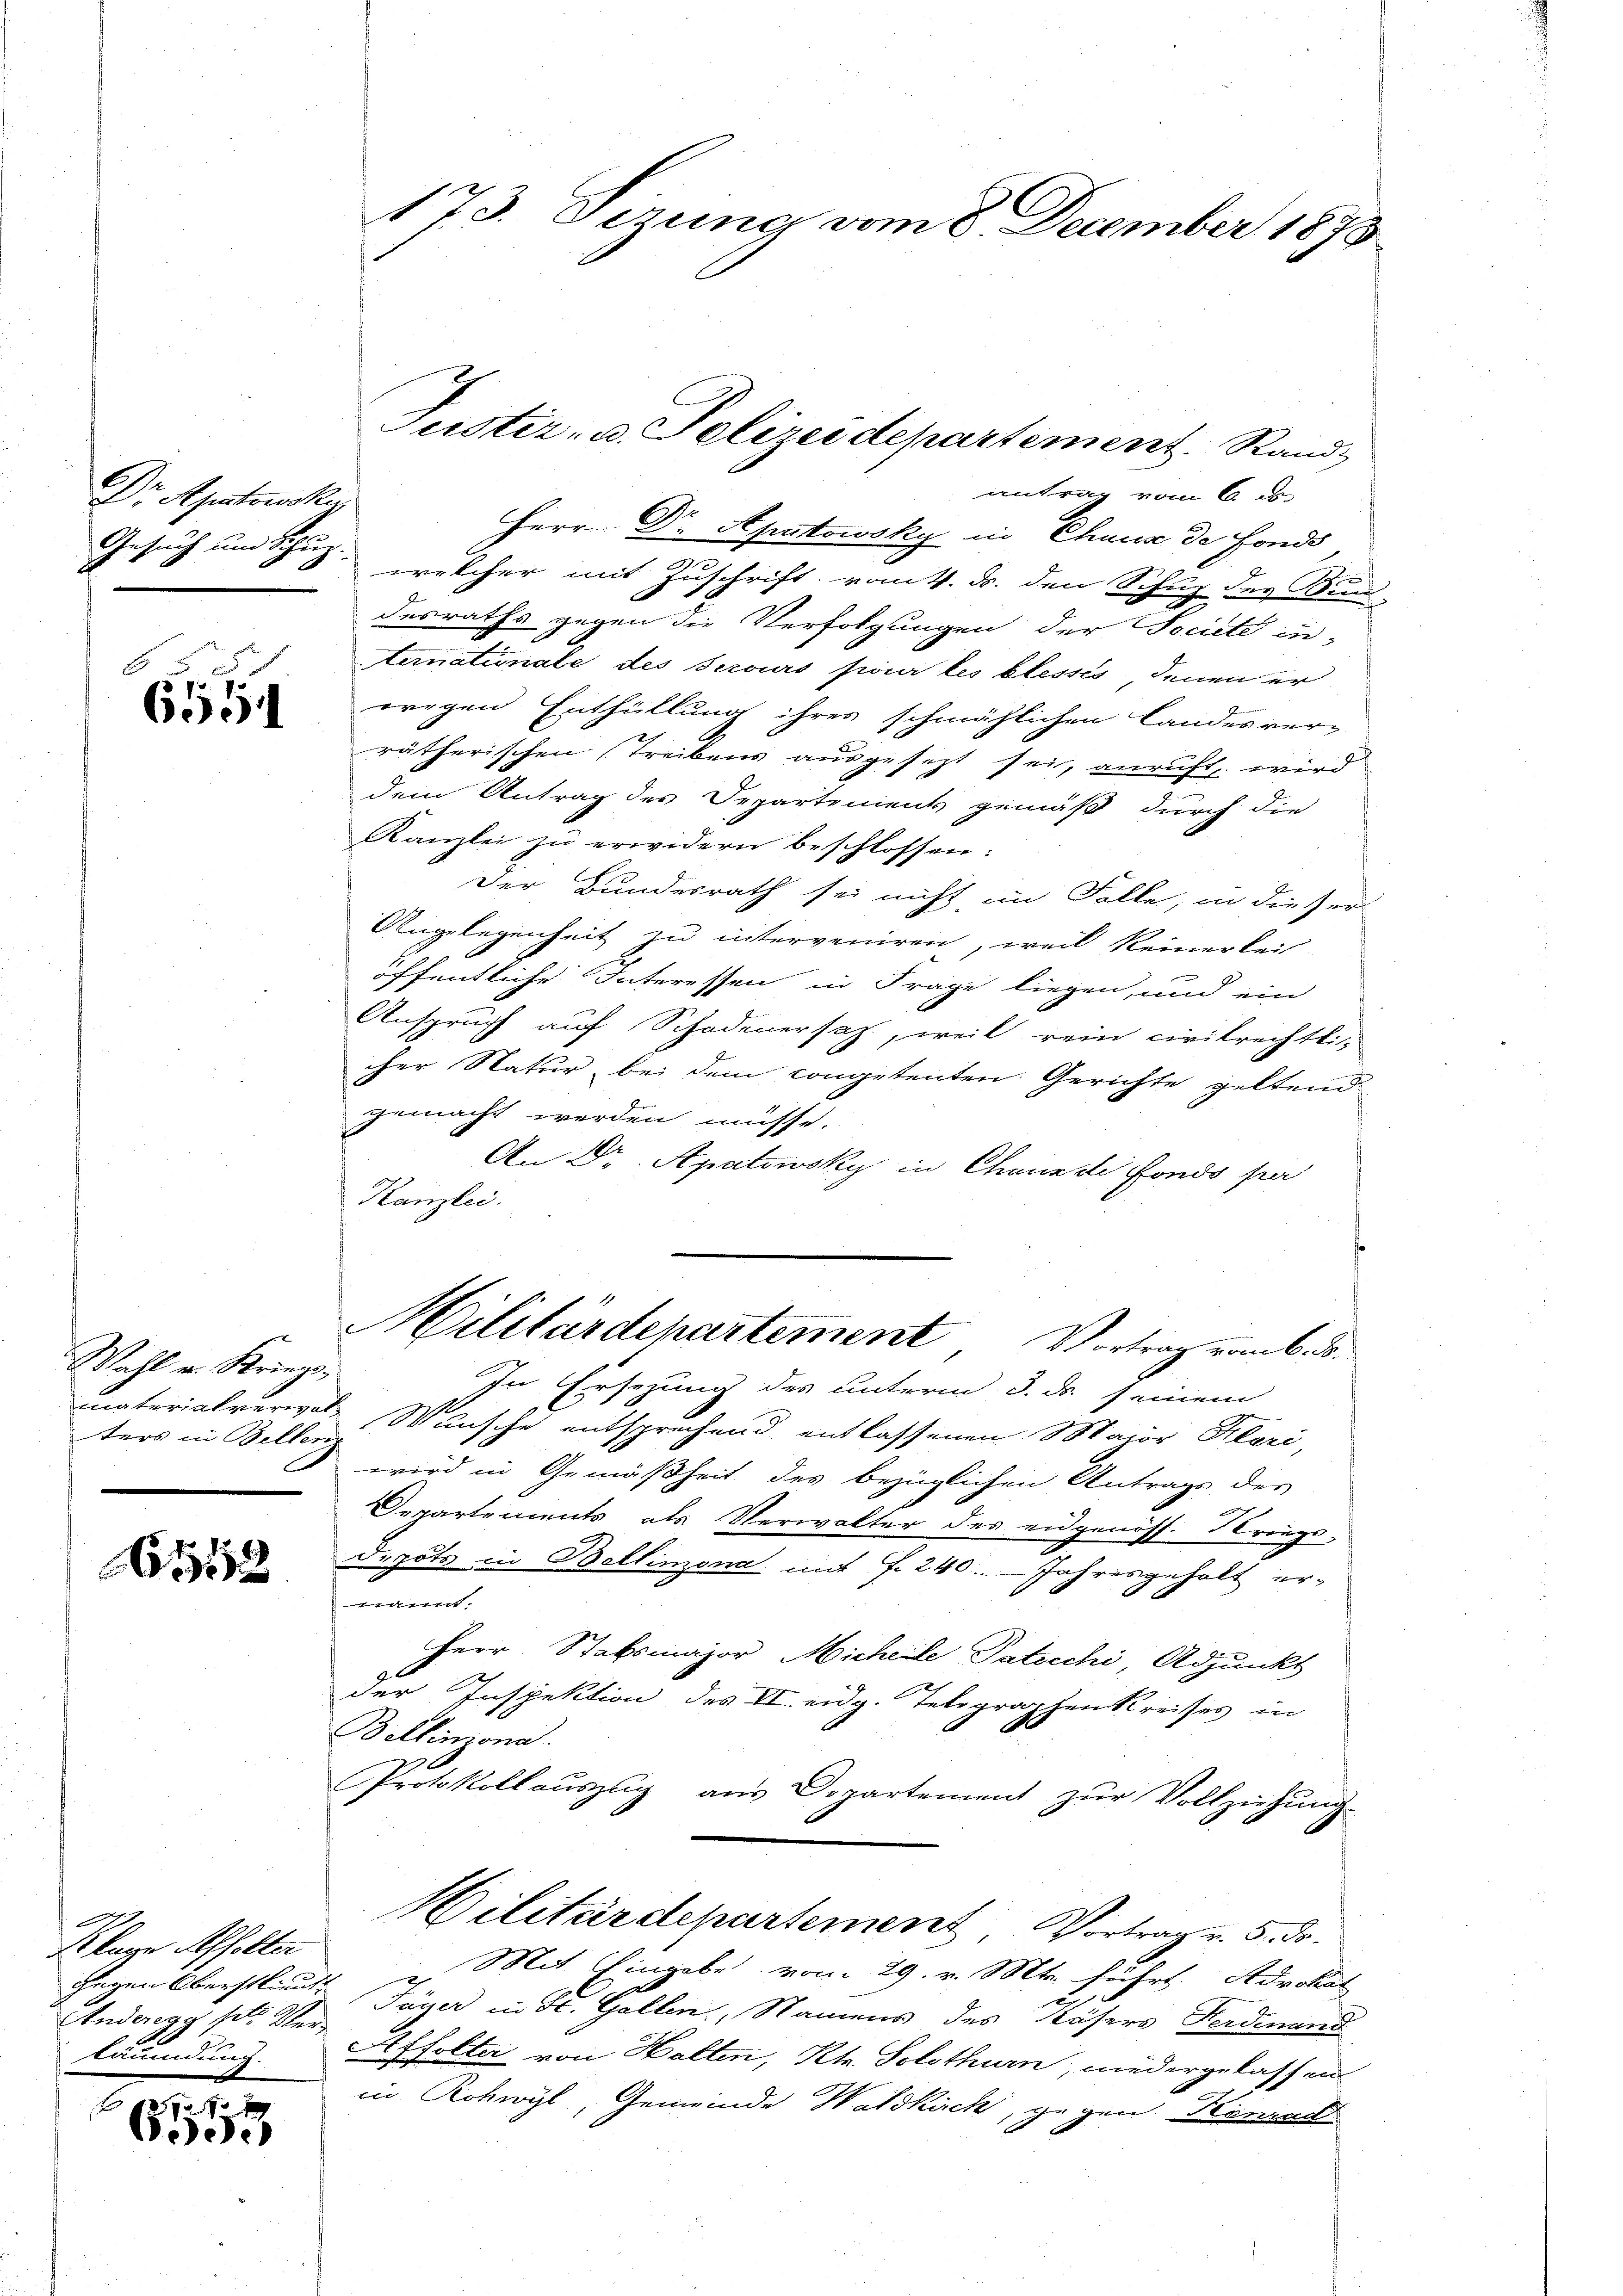
6.
Dr Apatowski,

6558
p. 7
600

Wahl v. Kriegs
ters in Bellenz

51

Klage Affolter
gegen Oberstlieut
Anderegg sel. Verläumdung.

E
1727 x
Side

173. Dezung vom 8. December 1873

antrag vom 6. ds.
Herr Dr. Aputowsky in Chaus de Fonds
Gesuch um die z. welcher mit Zuschrift vom 4. ds. den Schuz des Bun-
desraths gegen die Verfolgungen der Societe in-
temationale des Serours pour les blessés denen er
wegen Enthüllung ihres schmählichen Landesver-
rätherischen Treibens ausgesezt sei, anruft wird
dem Antrag des Departement gemäß durch die
Kanzlei zu erwidern beschlossen:
Der Bundesrath sei nicht im Falle, in dieser
Angelegenheit zu interveniren, weil keinerkei
öffentliche Interessen in Frage liegen, und ein
Anspruch auf Schadenersatz, weil rein civilrechtli-
cher Natur bei dem competenten Gerichte geltend
gemacht werden müsse.
An Dr. Apatowsky in Chaus de fonds per
Kanzlei.
Militärdepartement Vortrag vom 6. d.
In Ersezung des unterm 3. ds seinem
materialverwal Wunsche entsprechend entlassenen Major Klari,
wird in Gemäßheit des bezüglichen Antrags des
Departements als Verwalter des eidgenöss. Kriegs-
Depots in Bellinzona mit fr. 240. Jahresgeholt er-
nannt.
Herr Stabsmajor Michelle Patiechi, Adjunkt
der Inspektion des II. eidg. Telegraphenkreises in
Bellinzona.
Protokoll aŭszŭg ans Departement zŭr Vollziehŭng
Militärdepartement, Vortrag v. 5. ds.
Mit Eingabe vom 29. v. Mts. führt. Advokat
Täger in St. Gallen, Namens des Kösers Ferdinand
Affolter von Halten, Kt. Solothurn, niedergelassen
in Rohwyl, Gemeinde Waldkirch, gegen Kanac

Justiz- u. Polizeidepartement. Rand